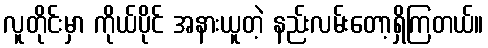
လူတိုင်းမှာ ကိုယ်ပိုင် အနားယူတဲ့ နည်းလမ်းတော့ရှိကြတယ်။